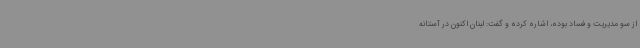
از سو مدیریت و فساد بوده، اشاره کرده و گفت: لبنان اکنون در آستانه